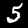
Label: 5